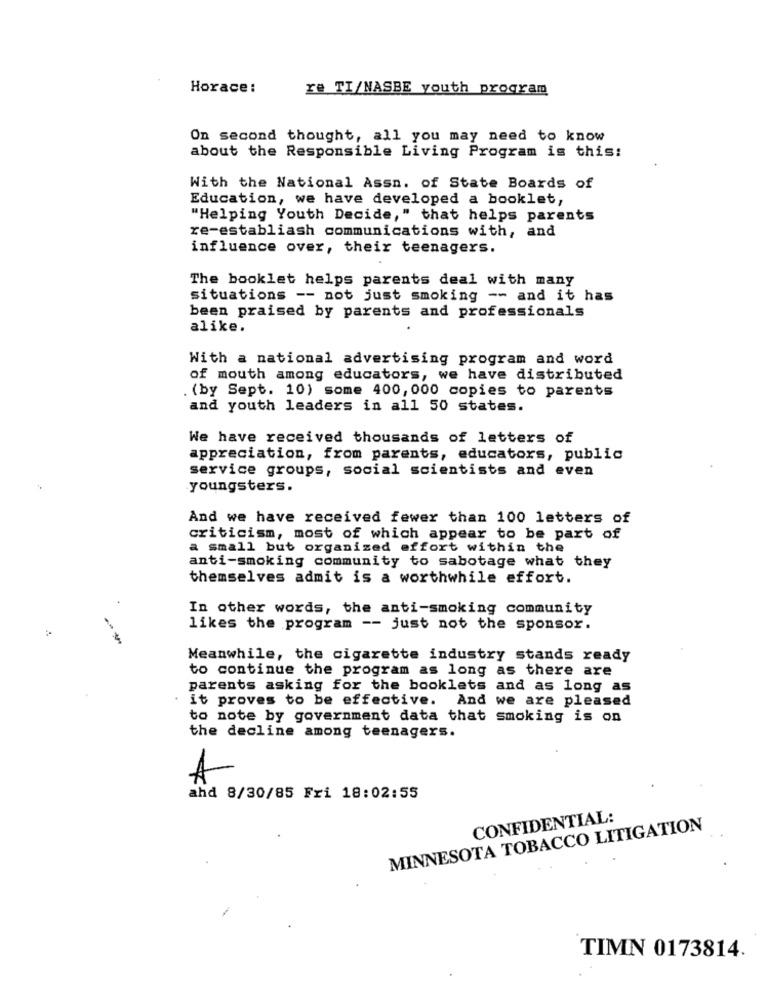
Horace:
re TI/NASBE youth program
On second thought, all you may need to know
about the Responsible Living Program is this:
With the National Assn. of State Boards of
Education, we have developed a booklet,
"Helping Youth Decide," that helps parents
re-establiash communications with, and
influence over, their teenagers.
The booklet helps parents deal with many
situations -- not just smoking -- and it has
been praised by parents and professionals
alike.
With a national advertising program and word
of mouth among educators, we have distributed
(by Sept. 10) some 400, 000 copies to parents
and youth leaders in all 50 states.
We have received thousands of letters of
appreciation, from parents, educators, public
service groups, social scientists and even
youngsters.
And we have received fewer than 100 letters of
criticism, most of which appear to be part of
a small but organized effort within the
anti-smoking community to sabotage what they
themselves admit is a worthwhile effort.
In other words, the anti-smoking community
likes the program -- just not the sponsor.
Meanwhile, the cigarette industry stands ready
to continue the program as long as there are
parents asking for the booklets and as long as
it proves to be effective. And we are pleased
to note by government data that smoking is on
the decline among teenagers.
A
ahd 8/30/85 Fri 18:02:55
CONFIDENTIAL:
MINNESOTA TOBACCO LITIGATION
TIMN 0173814.